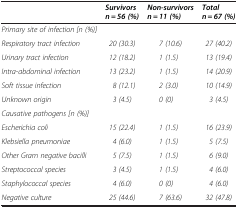
<table><thead><tr><td><b> </b></td><td><b><i>Survivors n = 56 (%)</i></b></td><td><b><i>Non-survivors n = 11 (%)</i></b></td><td><b><i>Total n = 67 (%)</i></b></td></tr></thead><tbody><tr><td><i>Primary site of infection [n (%)]</i></td><td> </td><td> </td><td> </td></tr><tr><td><i>Respiratory tract infection</i></td><td><i>20 (30.3)</i></td><td><i>7 (10.6)</i></td><td><i>27 (40.2)</i></td></tr><tr><td><i>Urinary tract infection</i></td><td><i>12 (18.2)</i></td><td><i>1 (1.5)</i></td><td><i>13 (19.4)</i></td></tr><tr><td><i>Intra-abdominal infection</i></td><td><i>13 (23.2)</i></td><td><i>1 (1.5)</i></td><td><i>14 (20.9)</i></td></tr><tr><td><i>Soft tissue infection</i></td><td><i>8 (12.1)</i></td><td><i>2 (3.0)</i></td><td><i>10 (14.9)</i></td></tr><tr><td><i>Unknown origin</i></td><td><i>3 (4.5)</i></td><td><i>0 (0)</i></td><td><i>3 (4.5)</i></td></tr><tr><td><i>Causative pathogens [n (%)]</i></td><td> </td><td> </td><td> </td></tr><tr><td><i>Escherichia coli</i></td><td><i>15 (22.4)</i></td><td><i>1 (1.5)</i></td><td><i>16 (23.9)</i></td></tr><tr><td><i>Klebsiella pneumoniae</i></td><td><i>4 (6.0)</i></td><td><i>1 (1.5)</i></td><td><i>5 (7.5)</i></td></tr><tr><td><i>Other Gram negative bacilli</i></td><td><i>5 (7.5)</i></td><td><i>1 (1.5)</i></td><td><i>6 (9.0)</i></td></tr><tr><td><i>Streptococcal species</i></td><td><i>3 (4.5)</i></td><td><i>1 (1.5)</i></td><td><i>4 (6.0)</i></td></tr><tr><td><i>Staphylococcal species</i></td><td><i>4 (6.0)</i></td><td><i>0 (0)</i></td><td><i>4 (6.0)</i></td></tr><tr><td><i>Negative culture</i></td><td><i>25 (44.6)</i></td><td><i>7 (63.6)</i></td><td><i>32 (47.8)</i></td></tr></tbody></table>